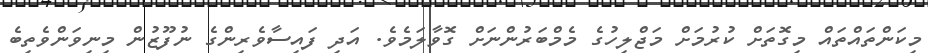
މިކަންތައްތައް މިގޮތަށް ކުރުމަށް މަޖްލިހުގެ މެމްބަރުންނަށް ގޮވާލަމެވެ. އަދި ފައިސާވެރިންގެ ނުފޫޒުން މިނިވަންވެތިބެ